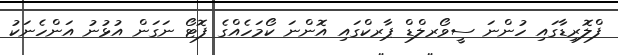
ފްލޮރިޑާގައި ހުންނަ ސީވޯރލްޑް ޕާރކްގައި އޮންނަ ކޯމަހެއްގެ ފޮޓޯ ނަގަން އުޅުނު އަންހެނަކު